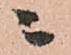
ニ